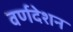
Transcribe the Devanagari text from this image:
वर्णदेशन